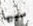
سببها